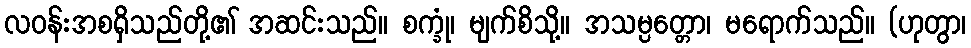
လဝန်းအစရှိသည်တို့၏ အဆင်းသည်။ စက္ခုံ၊ မျက်စိသို့။ အသမ္ပတ္တော၊ မရောက်သည်။ (ဟုတွာ၊